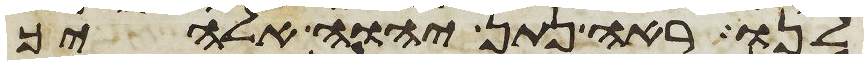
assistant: לנו ראה נתן יהוה אלהיך